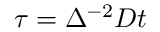
\tau = \Delta ^ { - 2 } D t